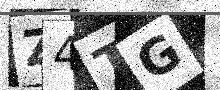
Text: Z4TG